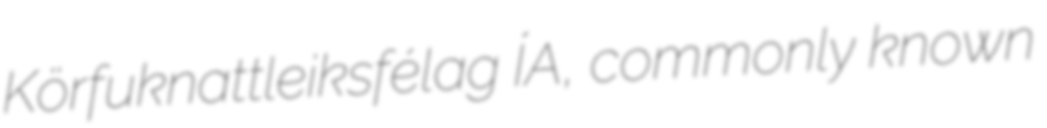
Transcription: Körfuknattleiksfélag ÍA, commonly known